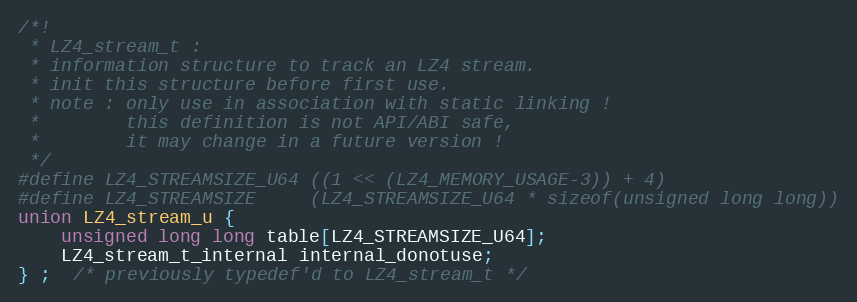
Language: C
/*!
 * LZ4_stream_t :
 * information structure to track an LZ4 stream.
 * init this structure before first use.
 * note : only use in association with static linking !
 *        this definition is not API/ABI safe,
 *        it may change in a future version !
 */
#define LZ4_STREAMSIZE_U64 ((1 << (LZ4_MEMORY_USAGE-3)) + 4)
#define LZ4_STREAMSIZE     (LZ4_STREAMSIZE_U64 * sizeof(unsigned long long))
union LZ4_stream_u {
    unsigned long long table[LZ4_STREAMSIZE_U64];
    LZ4_stream_t_internal internal_donotuse;
} ;  /* previously typedef'd to LZ4_stream_t */